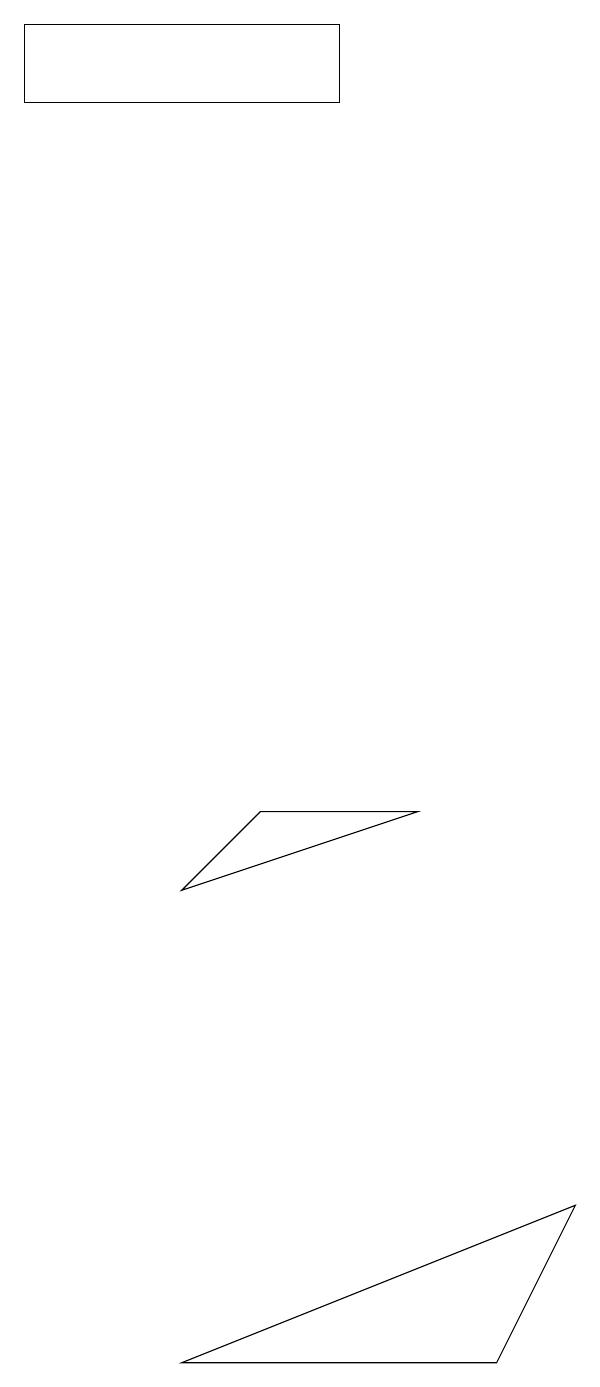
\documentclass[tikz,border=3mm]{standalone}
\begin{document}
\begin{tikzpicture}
\draw (2,18) rectangle (6,19);
\draw (4,2) -- (9,4) -- (8,2) -- cycle;
\draw (7,9) -- (5,9) -- (4,8) -- cycle;
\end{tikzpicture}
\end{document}